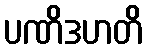
ပဏိဒဟတိ